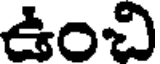
ఉంచి